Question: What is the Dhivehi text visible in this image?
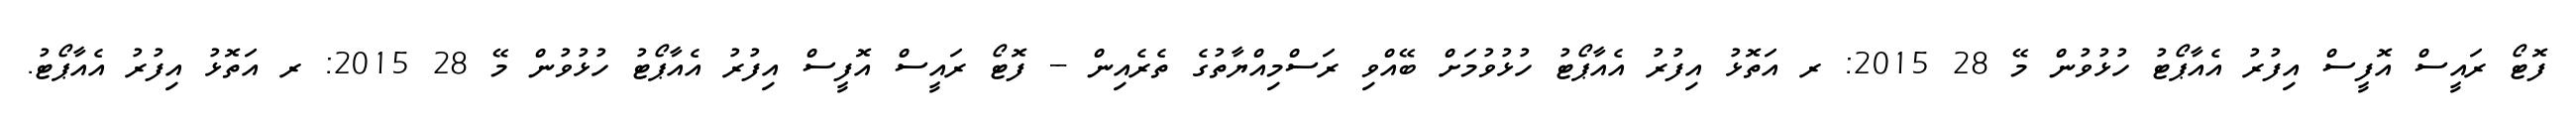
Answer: ފޮޓޯ ރައީސް އޮފީސް އިފުރު އެއާޕޯޓު ހުޅުވުން މޭ 28 2015: ރ އަތޮޅު އިފުރު އެއާޕޯޓު ހުޅުވުމަށް ބޭއްވި ރަސްމިއްޔާތުގެ ތެރެއިން -- ފޮޓޯ ރައީސް އޮފީސް އިފުރު އެއާޕޯޓު ހުޅުވުން މޭ 28 2015: ރ އަތޮޅު އިފުރު އެއާޕޯޓު.